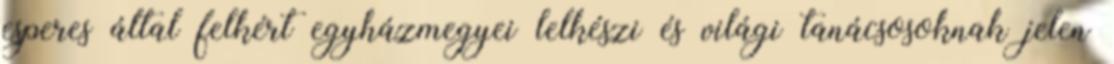
esperes által felkért egyházmegyei lelkészi és világi tanácsosoknak jelen